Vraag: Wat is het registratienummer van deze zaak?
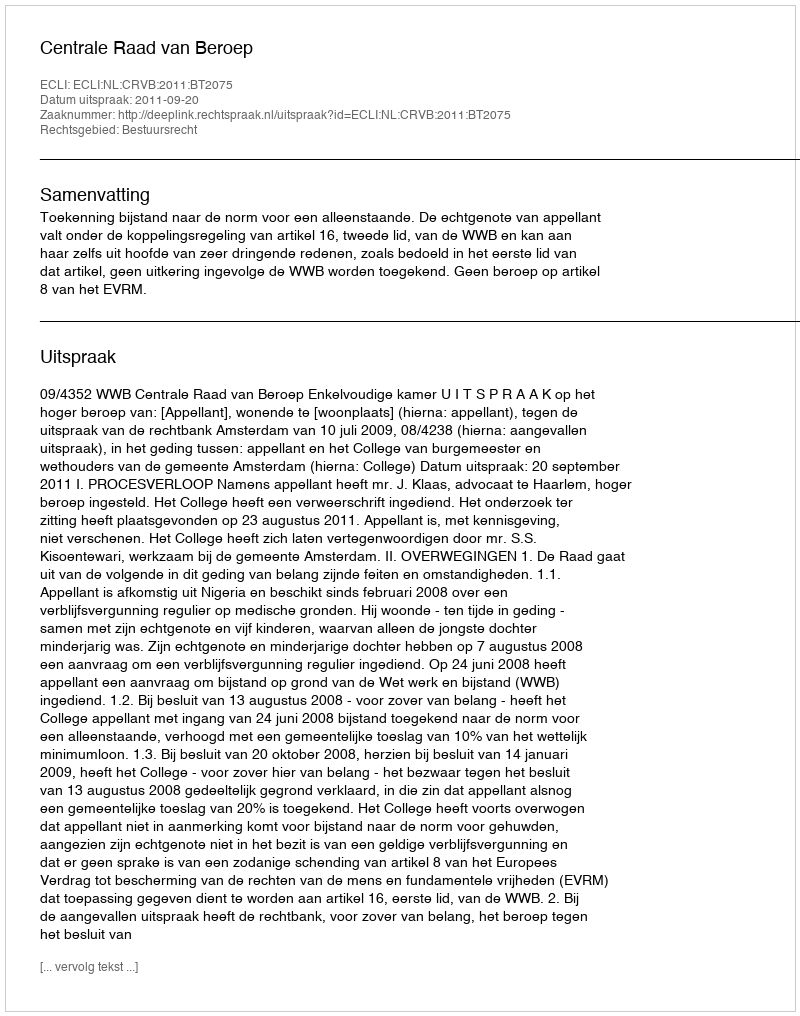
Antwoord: http://deeplink.rechtspraak.nl/uitspraak?id=ECLI:NL:CRVB:2011:BT2075